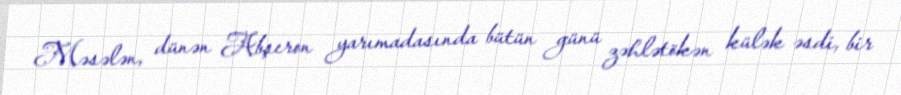
Məsələn, dünən Abşeron yarımadasında bütün günü zəhlətökən külək əsdi, bir